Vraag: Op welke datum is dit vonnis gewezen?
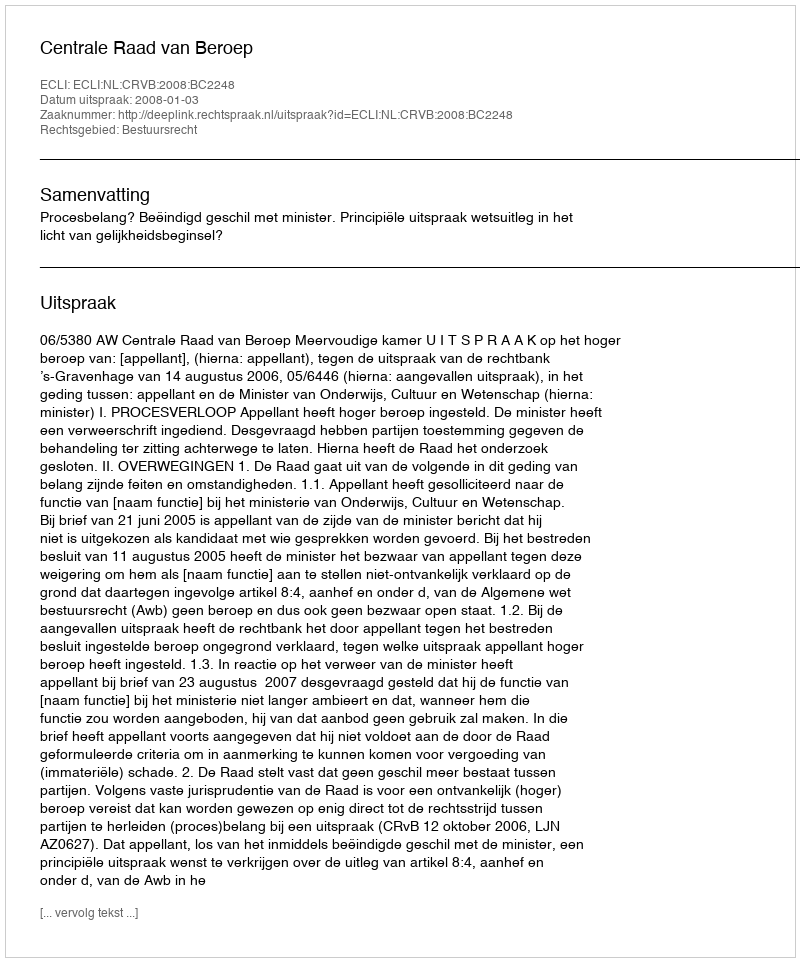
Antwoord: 2008-01-03